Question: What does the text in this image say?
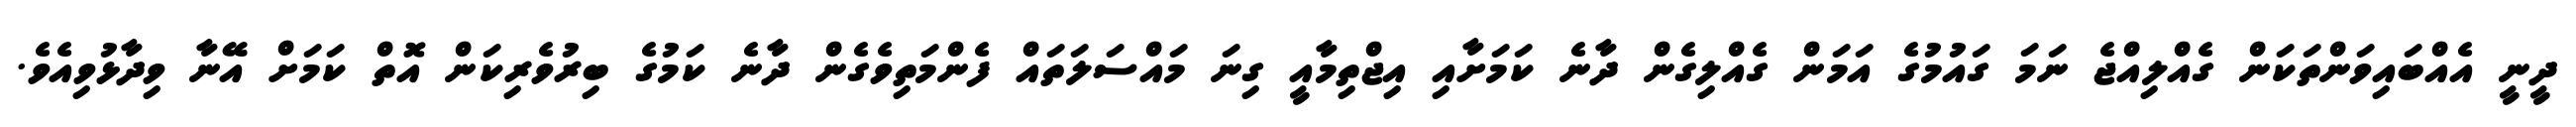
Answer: ދީނީ އެއްބައިވަންތަކަން ގެއްލިއްޖެ ނަމަ ގައުމުގެ އަމަން ގެއްލިގެން ދާނެ ކަމަށާއި އިޖްތިމާއީ ގިނަ މައްސަލަތައް ފެންމަތިވެގެން ދާނެ ކަމުގެ ބިރުވެރިކަން އޮތް ކަމަށް އޭނާ ވިދާޅުވިއެވެ.